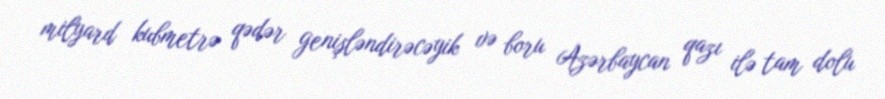
milyard kubmetrə qədər genişləndirəcəyik və boru Azərbaycan qazı ilə tam dolu